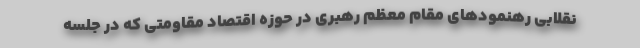
نقلابی رهنمودهای مقام معظم رهبری در حوزه اقتصاد مقاومتی که در جلسه